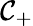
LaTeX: \mathcal{C}_{+}